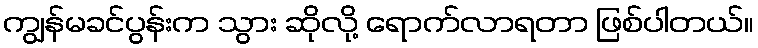
ကျွန်မခင်ပွန်းက သွား ဆိုလို့ ရောက်လာရတာ ဖြစ်ပါတယ်။